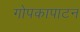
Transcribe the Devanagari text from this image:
गोपकापाटन